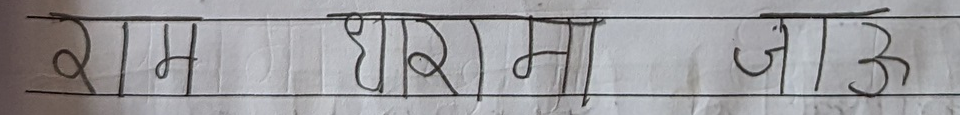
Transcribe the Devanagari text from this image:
राम घर मा जाउ